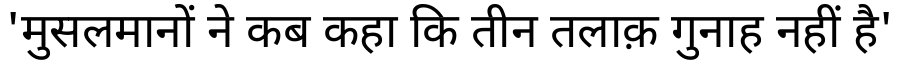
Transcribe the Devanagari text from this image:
'मुसलमानों ने कब कहा कि तीन तलाक़ गुनाह नहीं है'